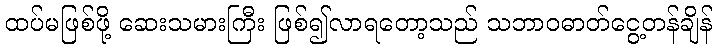
ထပ်မဖြစ်ဖို့ ဆေးသမားကြီး ဖြစ်၍လာရတော့သည် သဘာဝဓာတ်ငွေ့တန်ချိန်